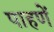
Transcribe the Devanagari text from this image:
पाहणें